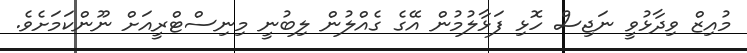
މުއިޒް ވިދާޅުވީ ނަޖިސް ހޮޅި ފަޅާލުމުން އޭގެ ގެއްލުން ލިބުނީ މިނިސްޓްރީއަށް ނޫންކަމަށެވެ.